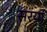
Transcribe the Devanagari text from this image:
सरयां